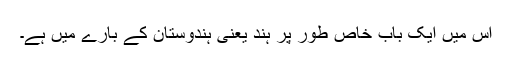
اس میں ایک باب خاص طور پر ہند یعنی ہندوستان کے بارے میں ہے۔